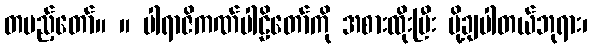
တပည့်တော်။ ။ ပါရာဇိကဏ်ပါဠိတော်ကို အစားထိုးပြီး ပို့ချပါတယ်ဘုရား၊